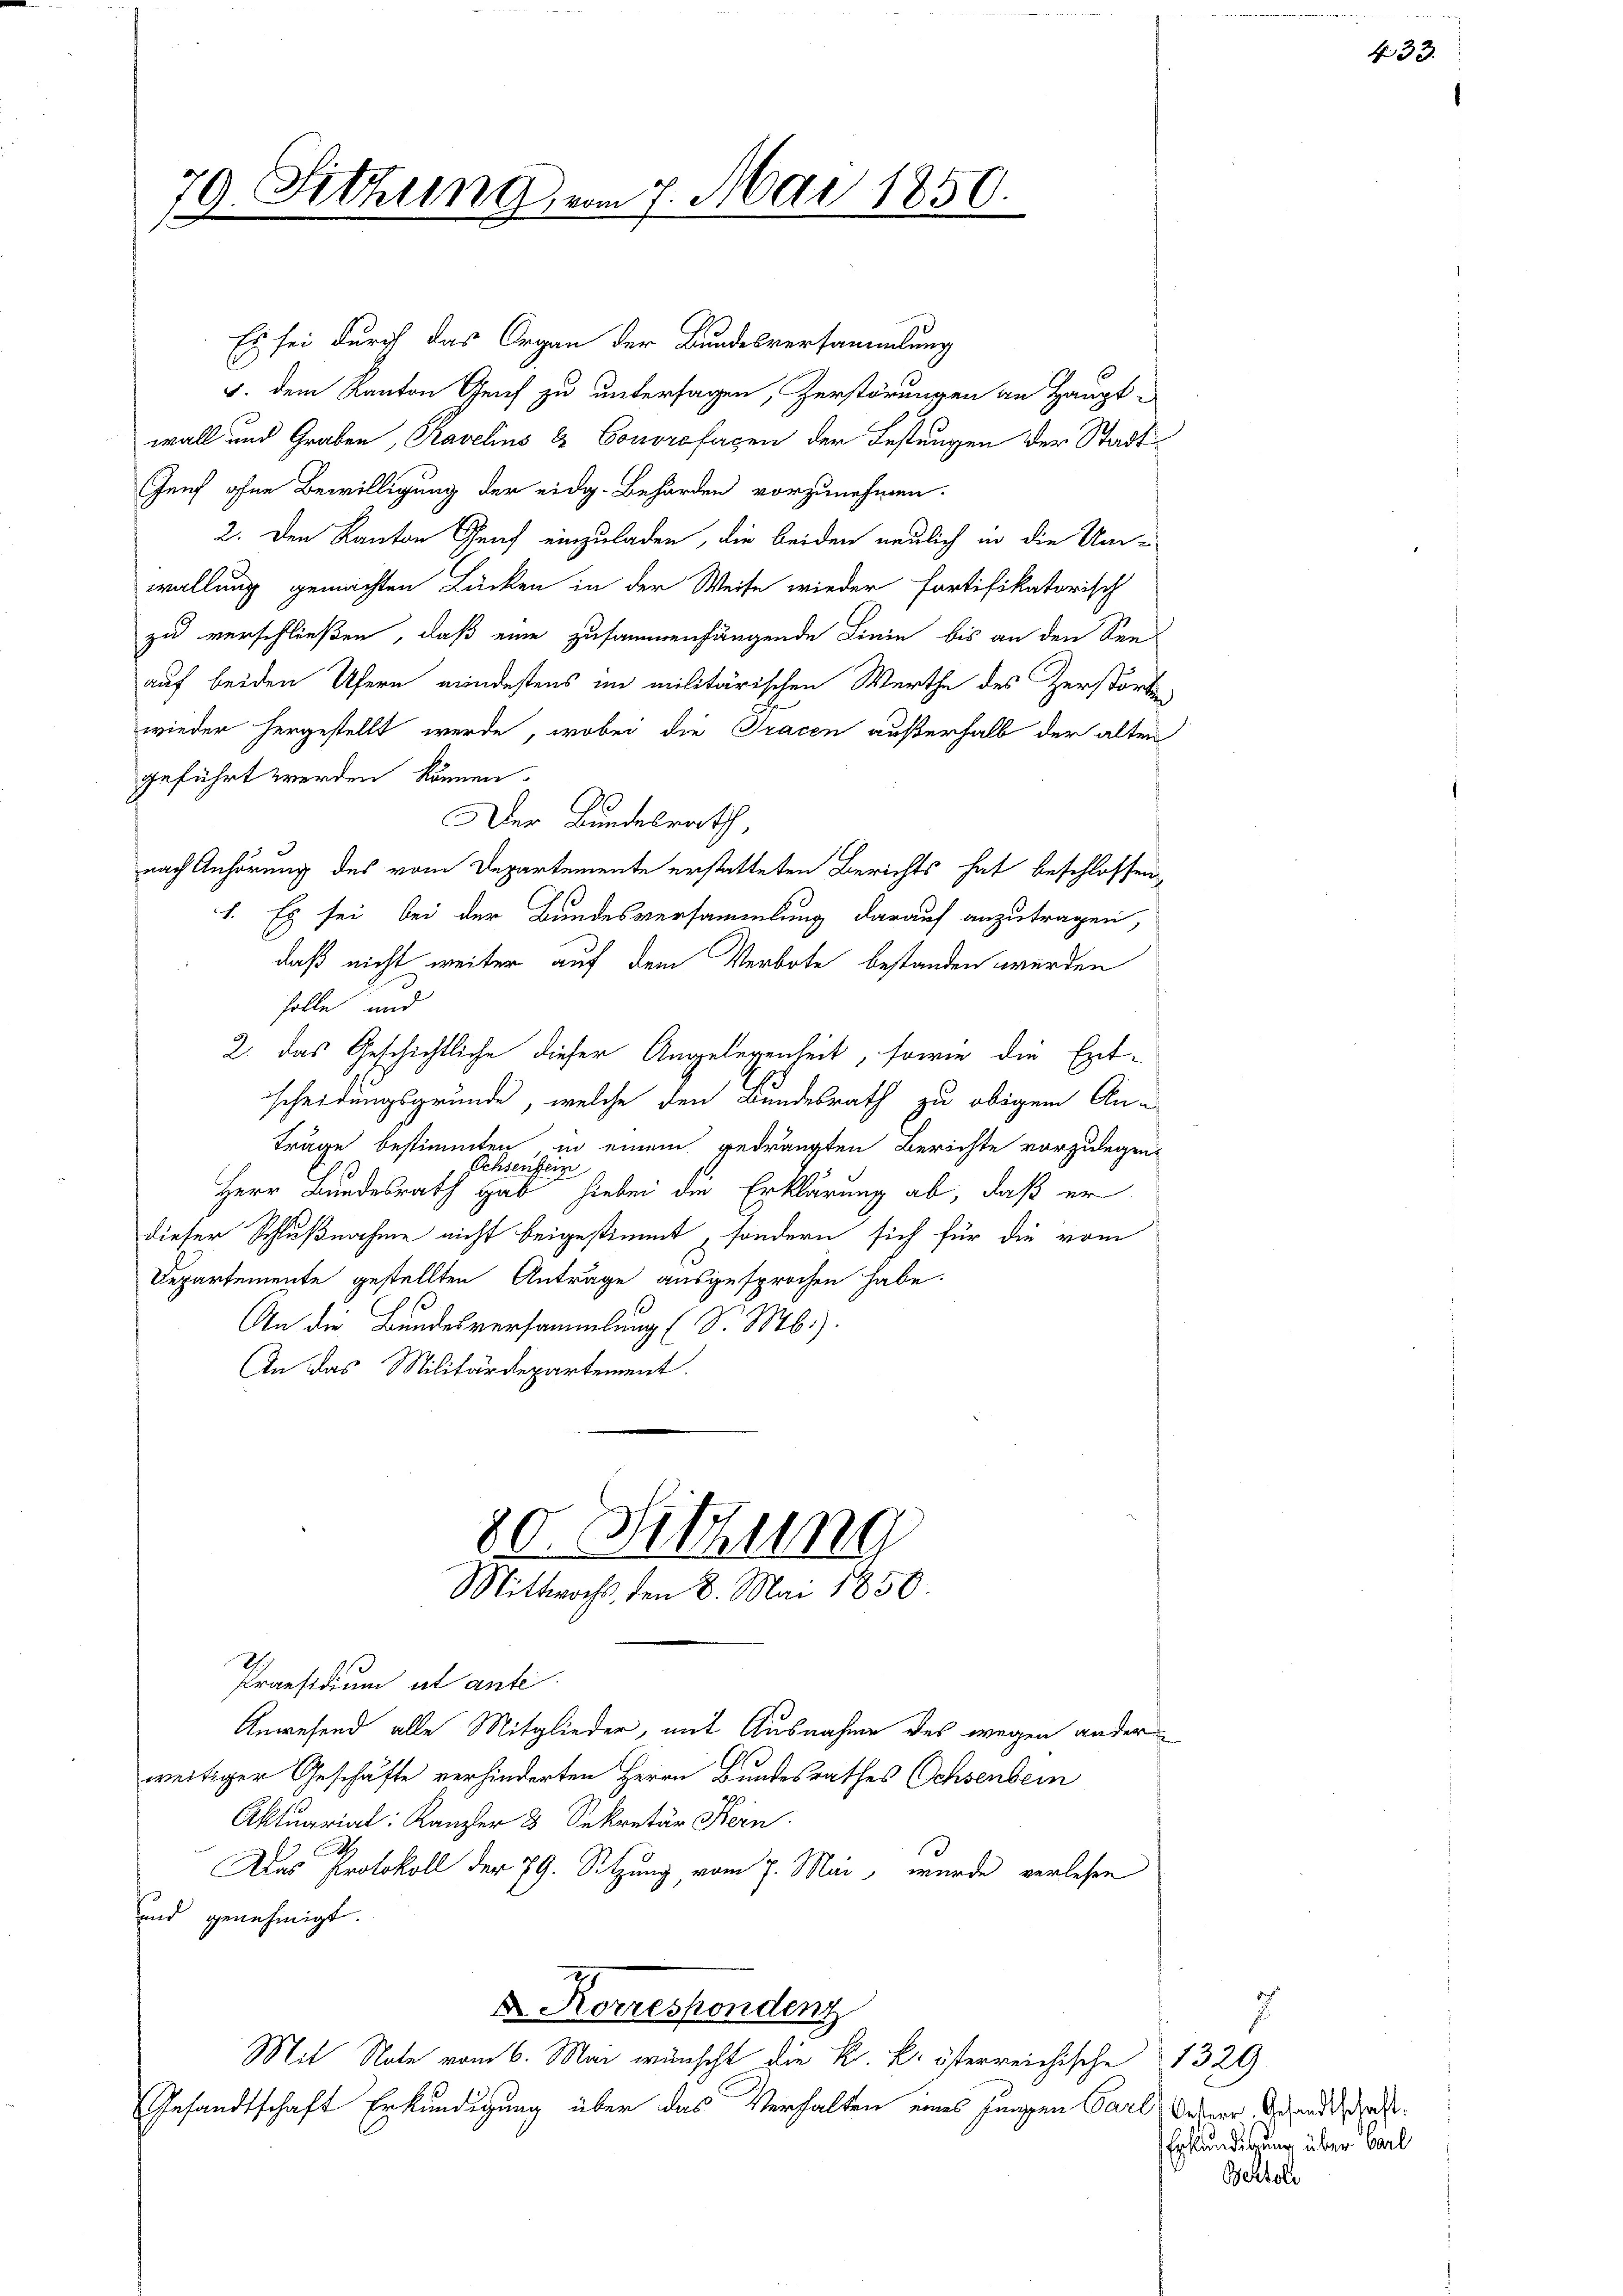
79. Sitzung vom 7. Mai 1850.

Es sei durch das Organ der Bundesversammlung
5. dem Kanton Genf zu untersagen, Zerstörungen an Haupt-
wall und Graben, Ravelins & Conorofagen der Festungen der Stadt¬
Genf ohne Bewilligung der eidg. Behörden vorzunehmen.
2. Den Kanton Graf einzuladen, die beiden neulich in die Um-
wallung gemachten Lücken in der Weise wieder fortifikatorisch
zu verschließen, daß eine zusammenhängende Linie bis an den Seeauf beiden Ufern mindestens im militärischen Werthe des Zerstörten
wieder hergestellt werde, wobei die Tracen außerhalb der alten
geführt werden können.
Der Bundesrath,
nach Anhörung des vom Departemente erstatteten Berichts hat beschlossen
1. Es sei bei der Bundesversammlung darauf anzutragen,
C
daß nicht weiter auf dem Verbote bestanden werden
solle, und
2. das Geschichtliche dieser Angelegenheit, sowie die Ent-
scheidungsgründe, welche den Bundesrath zu obigem Anträge bestimmten, in einem gedrängten Berichte vorzulegen,
A
hsensein
Herr Bundesrath gab hiebei die Erklärung ab, daß er
dieser Schlußnahme nicht beigestimmt, sondern sich für die vom
Departemente gestellten Anträge ausgesprochen habe.
An die Bundesversammlung (S. Mb).
An das Militärdepartement.

80. Sitzung
Mittwochs, den 8. Mai 1850.

Praesidium et ante
Anwesend alle Mitglieder, mit Ausnahme des wegen ander
weitiger Geschäfte verhinderten Herrn Bundesrathes Ochsenbein
Aktuarial: Kanzler 3 Sekretär Fein
h
Das Protokoll der 79. Sitzung, vom 7. Mai, wurde verlesen
und genehmigt.
 Korrespondenz
Mit Note vom 6. Mai wünscht die k. k. österreichische 1329.
Gesandtschaft Erkundigung über das Verhalten eines jungen Carl Weber Gesandtschaft

7
Erkundigung über Carl
Bertoli

s

N: 33.